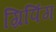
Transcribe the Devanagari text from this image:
ग्रिपिंग